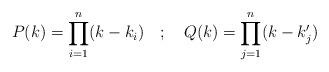
LaTeX: \begin{align*}P(k)=\prod_{i=1}^{n}(k-k_i)~~~;~~~Q(k)=\prod_{j=1}^{n}(k-k_j')\end{align*}